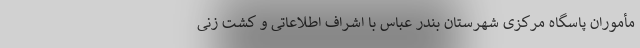
مأموران پاسگاه مرکزی شهرستان بندر عباس با اشراف اطلاعاتی و کشت زنی